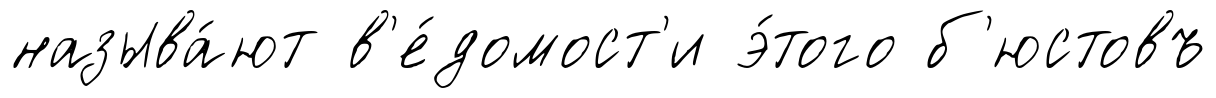
называ́ют в'е́домост'и э́того б'юстовъ